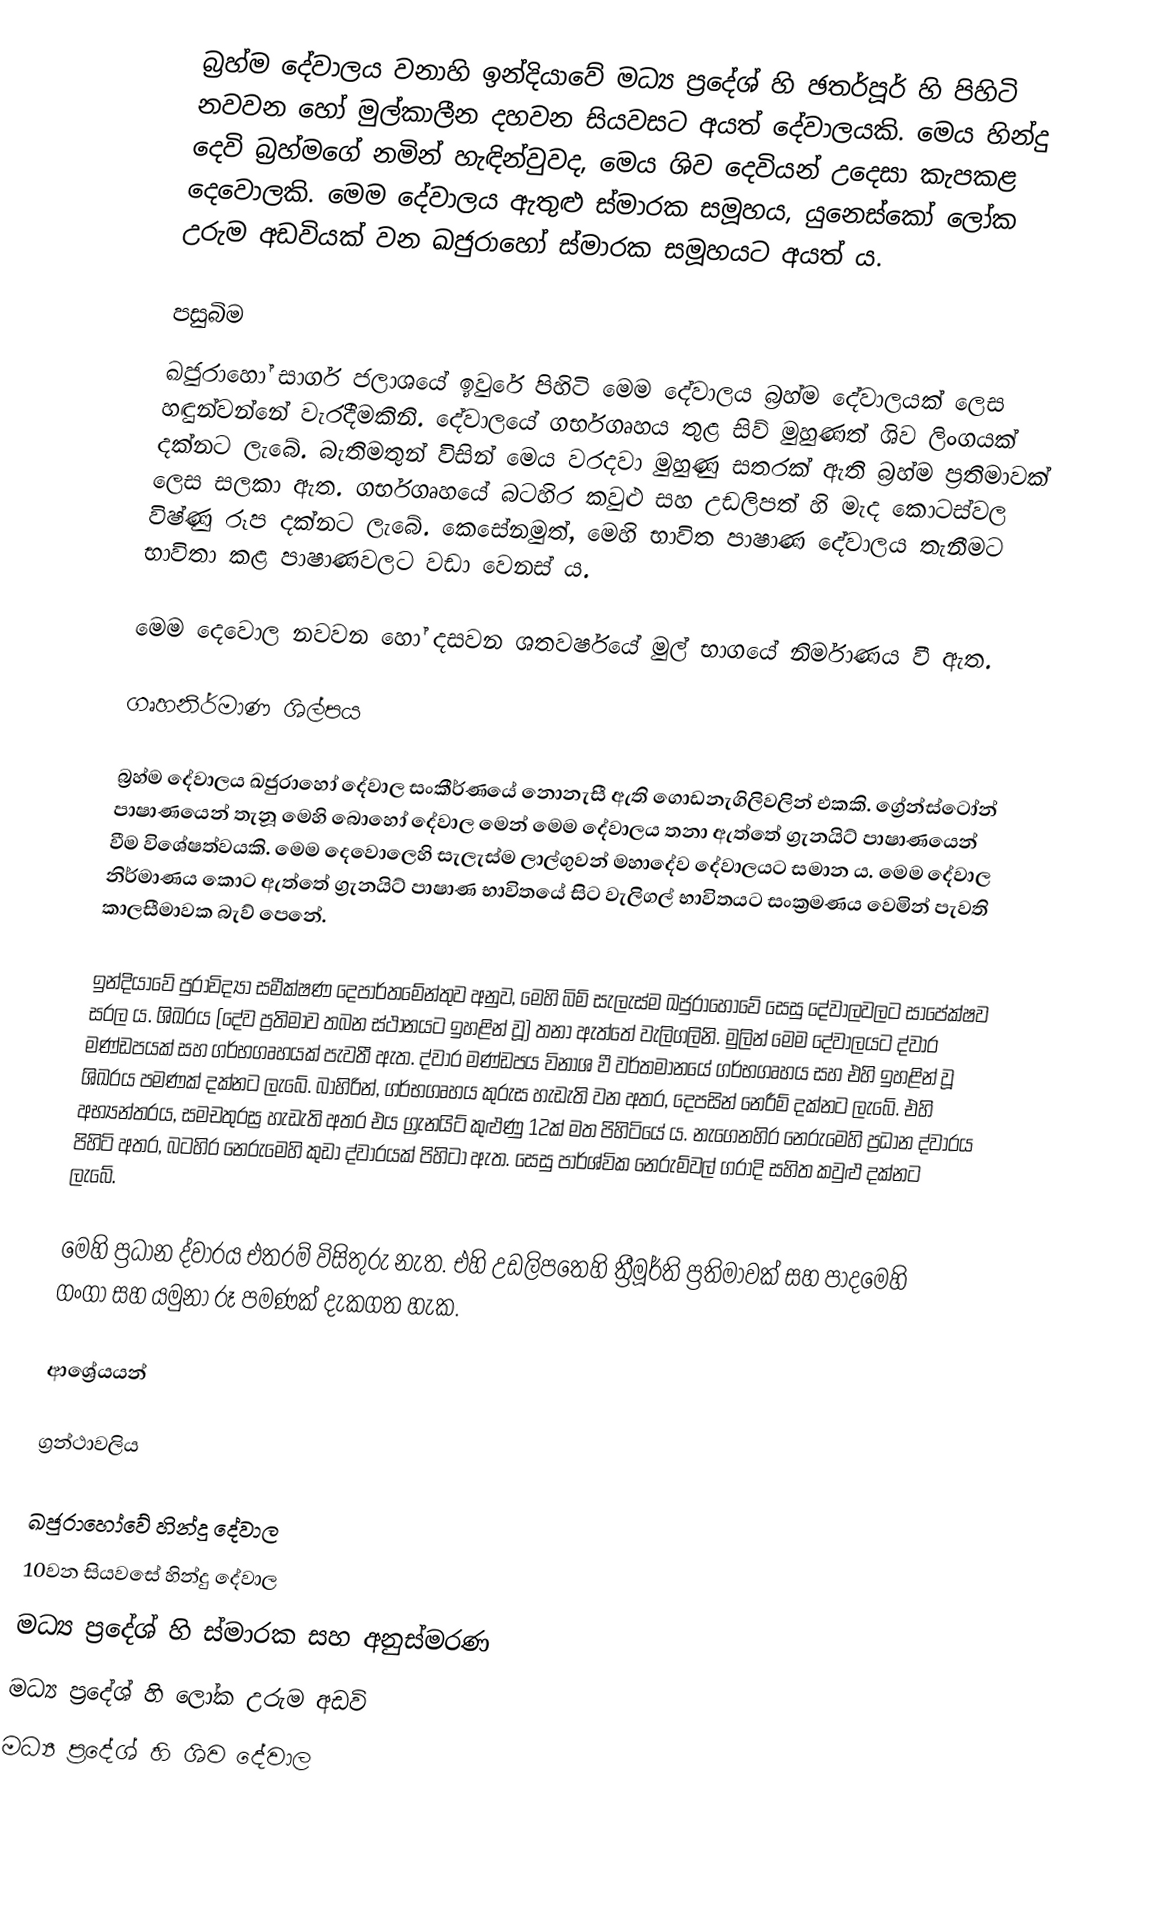
බ්‍රහ්ම දේවාලය වනාහි ඉන්දියාවේ මධ්‍ය ප්‍රදේශ් හි ඡතර්පූර් හි පිහිටි නවවන හෝ මුල්කාලීන දහවන සියවසට අයත් දේවාලයකි. මෙය හින්දු දෙවි බ්‍රහ්මගේ නමින් හැඳින්වුවද, මෙය ශිව දෙවියන් උදෙසා කැපකළ දෙවොලකි. මෙම දේවාලය ඇතුළු ස්මාරක සමූහය, යුනෙස්කෝ ලෝක උරුම අඩවියක් වන ඛජුරාහෝ ස්මාරක සමූහයට අයත් ය.

පසුබිම
ඛජුරාහෝ සාගර් ජලාශයේ ඉවුරේ පිහිටි මෙම දේවාලය බ්‍රහ්ම දේවාලයක් ලෙස හඳුන්වන්නේ වැරදීමකිනි. දේවාලයේ ගර්භගෘහය තුළ සිව් මුහුණත් ශිව ලිංගයක්  දක්නට ලැබේ. බැතිමතුන් විසින් මෙය වරදවා මුහුණු සතරක් ඇති බ්‍රහ්ම ප්‍රතිමාවක් ලෙස සලකා ඇත. ගර්භගෘහයේ බටහිර කවුළු සහ උඩලිපත් හි මැද කොටස්වල විෂ්ණු රූප දක්නට ලැබේ. කෙසේනමුත්, මෙහි භාවිත පාෂාණ දේවාලය තැනීමට භාවිතා කළ පාෂාණවලට වඩා වෙනස් ය.

මෙම දෙවොල නවවන හෝ දසවන ශතවර්ෂයේ මුල් භාගයේ නිර්මාණය වී ඇත.

ගෘහනිර්මාණ ශිල්පය

බ්‍රහ්ම දේවාලය ඛජුරාහෝ දේවාල සංකීර්ණයේ නොනැසී ඇති ගොඩනැගිලිවලින් එකකි. ග්‍රේන්ස්ටෝන් පාෂාණයෙන් තැනූ මෙහි බොහෝ දේවාල මෙන් මෙම දේවාලය තනා ඇත්තේ ග්‍රැනයිට් පාෂාණයෙන් වීම විශේෂත්වයකි. මෙම දෙවොලෙහි සැලැස්ම ලාල්ගුවන් මහාදේව දේවාලයට සමාන ය. මෙම දේවාල නිර්මාණය කොට ඇත්තේ ග්‍රැනයිට් පාෂාණ භාවිතයේ සිට වැලිගල් භාවිතයට සංක්‍රමණය වෙමින් පැවති කාලසීමාවක බැව් පෙනේ.

ඉන්දියාවේ පුරාවිද්‍යා සමීක්ෂණ දෙපාර්තමේන්තුව අනුව, මෙහි බිම් සැලැස්ම ඛජුරාහෝවේ සෙසු දේවාලවලට සාපේක්ෂව සරල ය. ශිඛරය (දේව ප්‍රතිමාව තබන ස්ථානයට ඉහළින් වූ) තනා ඇත්තේ වැලිගලිනි. මුලින් මෙම දේවාලයට ද්වාර මණ්ඩපයක් සහ ගර්භගෘහයක් පැවතී ඇත. ද්වාර මණ්ඩපය විනාශ වී වර්තමානයේ ගර්භගෘහය සහ එහි ඉහළින් වූ ශිඛරය පමණක් දක්නට ලැබේ. බාහිරින්, ගර්භගෘහය කුරුස හැඩැති වන අතර, දෙපසින් නෙරීම් දක්නට ලැබේ. එහි අභ්‍යන්තරය, සමචතුරස්‍ර හැඩැති අතර එය ග්‍රැනයිට් කුළුණු 12ක් මත පිහිටියේ ය. නැගෙනහිර නෙරුමෙහි ප්‍රධාන ද්වාරය පිහිටි අතර, බටහිර නෙරුමෙහි කුඩා ද්වාරයක් පිහිටා ඇත. සෙසු පාර්ශ්වික නෙරුම්වල් ගරාදි සහිත කවුළු දක්නට ලැබේ.

මෙහි ප්‍රධාන ද්වාරය එතරම් විසිතුරු නැත. එහි උඩලිපතෙහි ත්‍රීමූර්ති ප්‍රතිමාවක් සහ පාදමෙහි ගංගා සහ යමුනා රූ පමණක් දැකගත හැක.

ආශ්‍රේයයන්

ග්‍රන්ථාවලිය

ඛජුරාහෝවේ හින්දු දේවාල
10වන සියවසේ හින්දු දේවාල
මධ්‍ය ප්‍රදේශ් හි ස්මාරක සහ අනුස්මරණ
මධ්‍ය ප්‍රදේශ් හි ලෝක උරුම අඩවි
මධ්‍ය ප්‍රදේශ් හි ශිව දේවාල